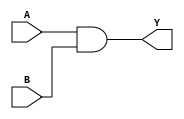
// Code your design here
module andg(output Y,input A,B);
  and(Y,A,B);
endmodule